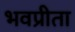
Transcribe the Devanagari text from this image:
भवप्रीता